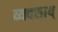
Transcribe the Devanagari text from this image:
व्यवसाय्